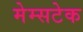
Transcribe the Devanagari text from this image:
मेम्सटेक